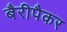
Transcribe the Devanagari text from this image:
बैरीपैकर